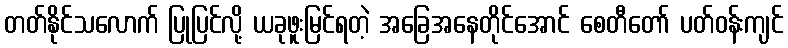
တတ်နိုင်သလောက် ပြုပြင်လို့ ယခုဖူးမြင်ရတဲ့ အခြေအနေတိုင်အောင် စေတီတော် ပတ်ဝန်းကျင်